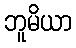
ဘူမိယာ